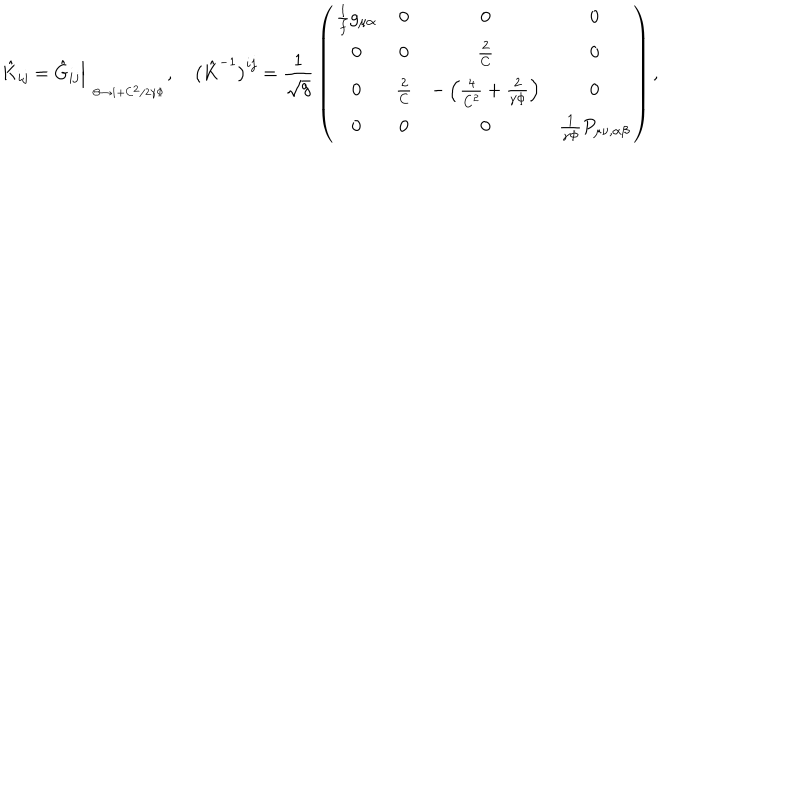
\hat { K } _ { i j } = \hat { G } _ { i j } \Big | _ { \phantom { p } _ { \Theta \to 1 + C ^ { 2 } / 2 \gamma \Phi } } , \quad \bigl ( \hat { K } ^ { - 1 } \bigr ) ^ { i j } = { \frac { 1 } { \sqrt g } } \left( \begin{matrix} { { { \frac { 1 } { f } } g _ { \mu \alpha } } } & { { 0 } } & { { 0 } } & { { 0 } } \\ { { 0 } } & { { 0 } } & { { { \frac { 2 } { C } } } } & { { 0 } } \\ { { 0 } } & { { { \frac { 2 } { C } } } } & { { - \left( { \frac { 4 } { C ^ { 2 } } } + { \frac { 2 } { \gamma \Phi } } \right) } } & { { 0 } } \\ { { 0 } } & { { 0 } } & { { 0 } } & { { { \frac { 1 } { \gamma \Phi } } P _ { \mu \nu , \alpha \beta } } } \\ \end{matrix} \right) ,